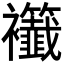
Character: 𧟖